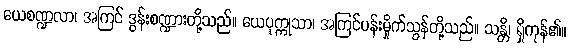
ယေစဏ္ဍလာ၊ အကြင် ဒွန်းစဏ္ဍားတို့သည်။ ယေပုက္ကုသာ၊ အကြင်ပန်းမှိုက်သွန်တို့သည်။ သန္တိ၊ ရှိကုန်၏။